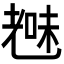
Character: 𮋞